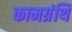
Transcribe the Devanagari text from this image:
कामग्रंथि